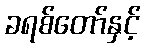
ခရစ်တော်နှင့်